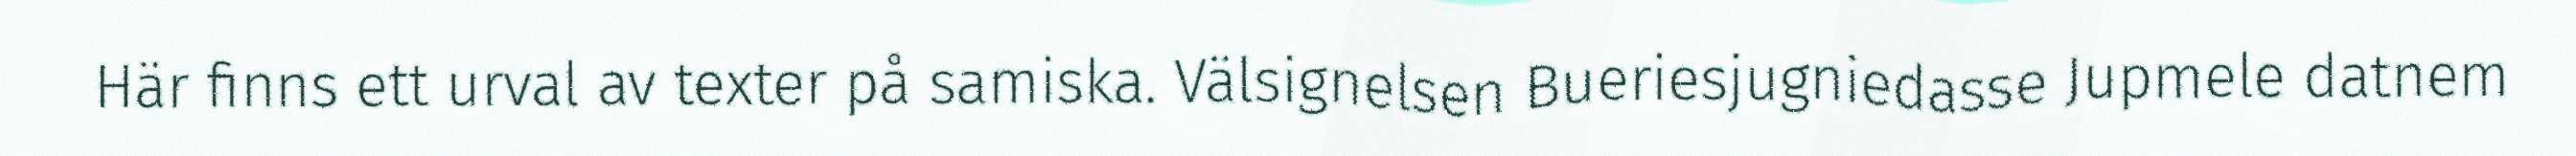
Här finns ett urval av texter på samiska. Välsignelsen Bueriesjugniedasse Jupmele datnem